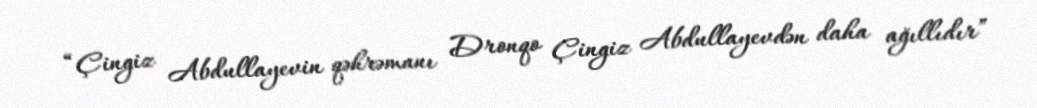
“Çingiz Abdullayevin qəhrəmanı Dronqo Çingiz Abdullayevdən daha ağıllıdır”